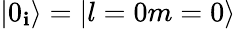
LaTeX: |0_{\mathbf{i}}\rangle=|l=0m=0\rangle